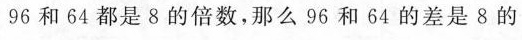
96和64都是8的倍数，那么96和64的差是8的